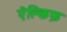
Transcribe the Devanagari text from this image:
ऐक्लिफ़